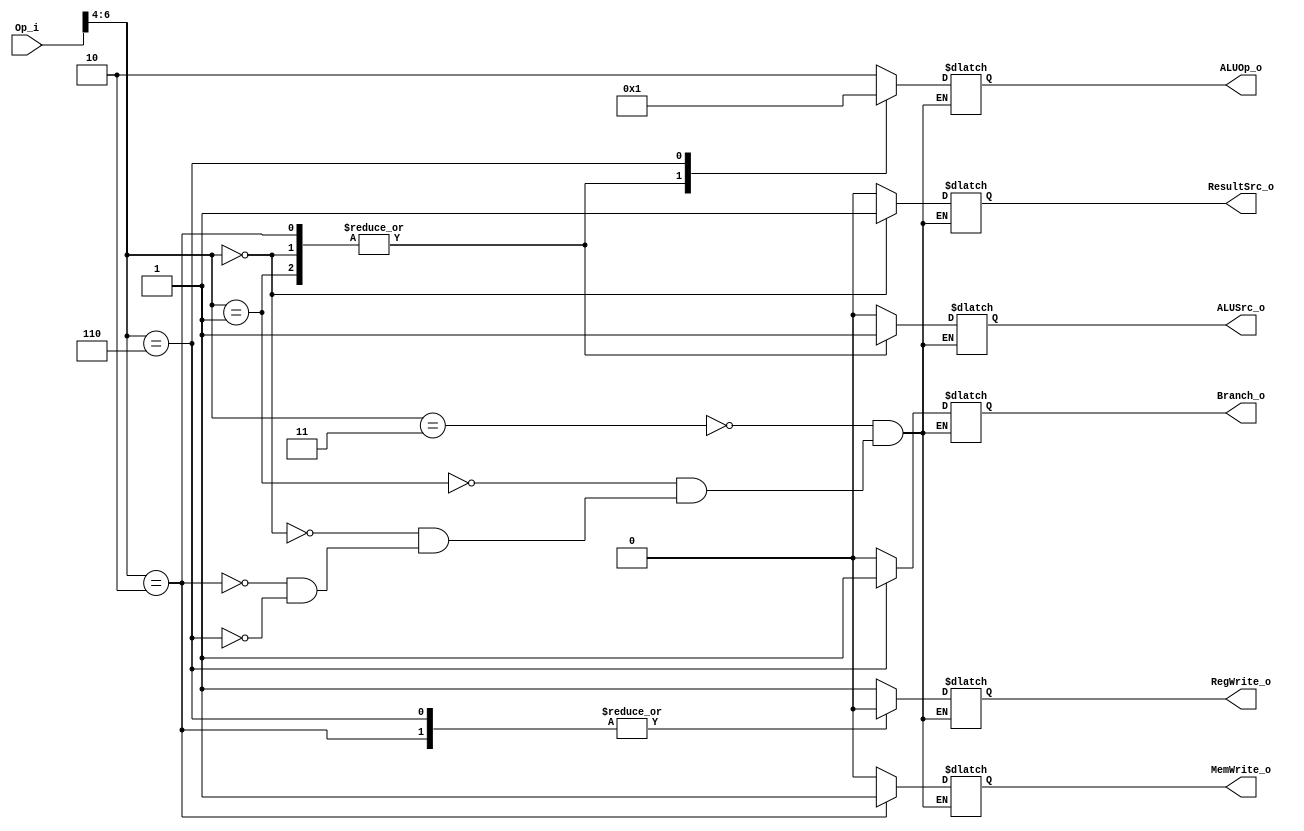
module Signal_Control
(
    Op_i,
    ALUSrc_o,
    ResultSrc_o,
    RegWrite_o,
    ALUOp_o,
    MemWrite_o,
    Branch_o
);

input [6:0] Op_i;

output reg ALUSrc_o;
output reg ResultSrc_o;
output reg RegWrite_o;
output reg [1:0] ALUOp_o;
output reg MemWrite_o;
output reg Branch_o;

wire [2:0] det;
assign det = Op_i[6:4];

always@(det) begin
	case(det)
		3'b011: /* R-type */
			begin
			ALUSrc_o = 1'b0;
			ResultSrc_o = 1'b0;
			RegWrite_o = 1'b1;
			ALUOp_o = 2'b10;
			MemWrite_o = 1'b0;
			Branch_o = 1'b0;
			end
		3'b001: /* addi */
			begin
			ALUSrc_o = 1'b1;
			ResultSrc_o = 1'b0;
			RegWrite_o = 1'b1;
			ALUOp_o = 2'b00;
			MemWrite_o = 1'b0;
			Branch_o = 1'b0;
			end
		3'b000: /* lw */
			begin
			ALUSrc_o = 1'b1;
			ResultSrc_o = 1'b1;
			RegWrite_o = 1'b1;
			ALUOp_o = 2'b00;
			MemWrite_o = 1'b0;
			Branch_o = 1'b0;
			end
		3'b010: /* sw */
			begin
			ALUSrc_o = 1'b1;
			ResultSrc_o = 1'bX;
			RegWrite_o = 1'b0;
			ALUOp_o = 2'b00;
			MemWrite_o = 1'b1;
			Branch_o = 1'b0;
			end
		3'b110: /* beq */
			begin
			ALUSrc_o = 1'b0;
			ResultSrc_o = 1'bX;
			RegWrite_o = 1'b0;
			ALUOp_o = 2'b01;
			MemWrite_o = 1'b0;
			Branch_o = 1'b1;
			end
	endcase
end
endmodule